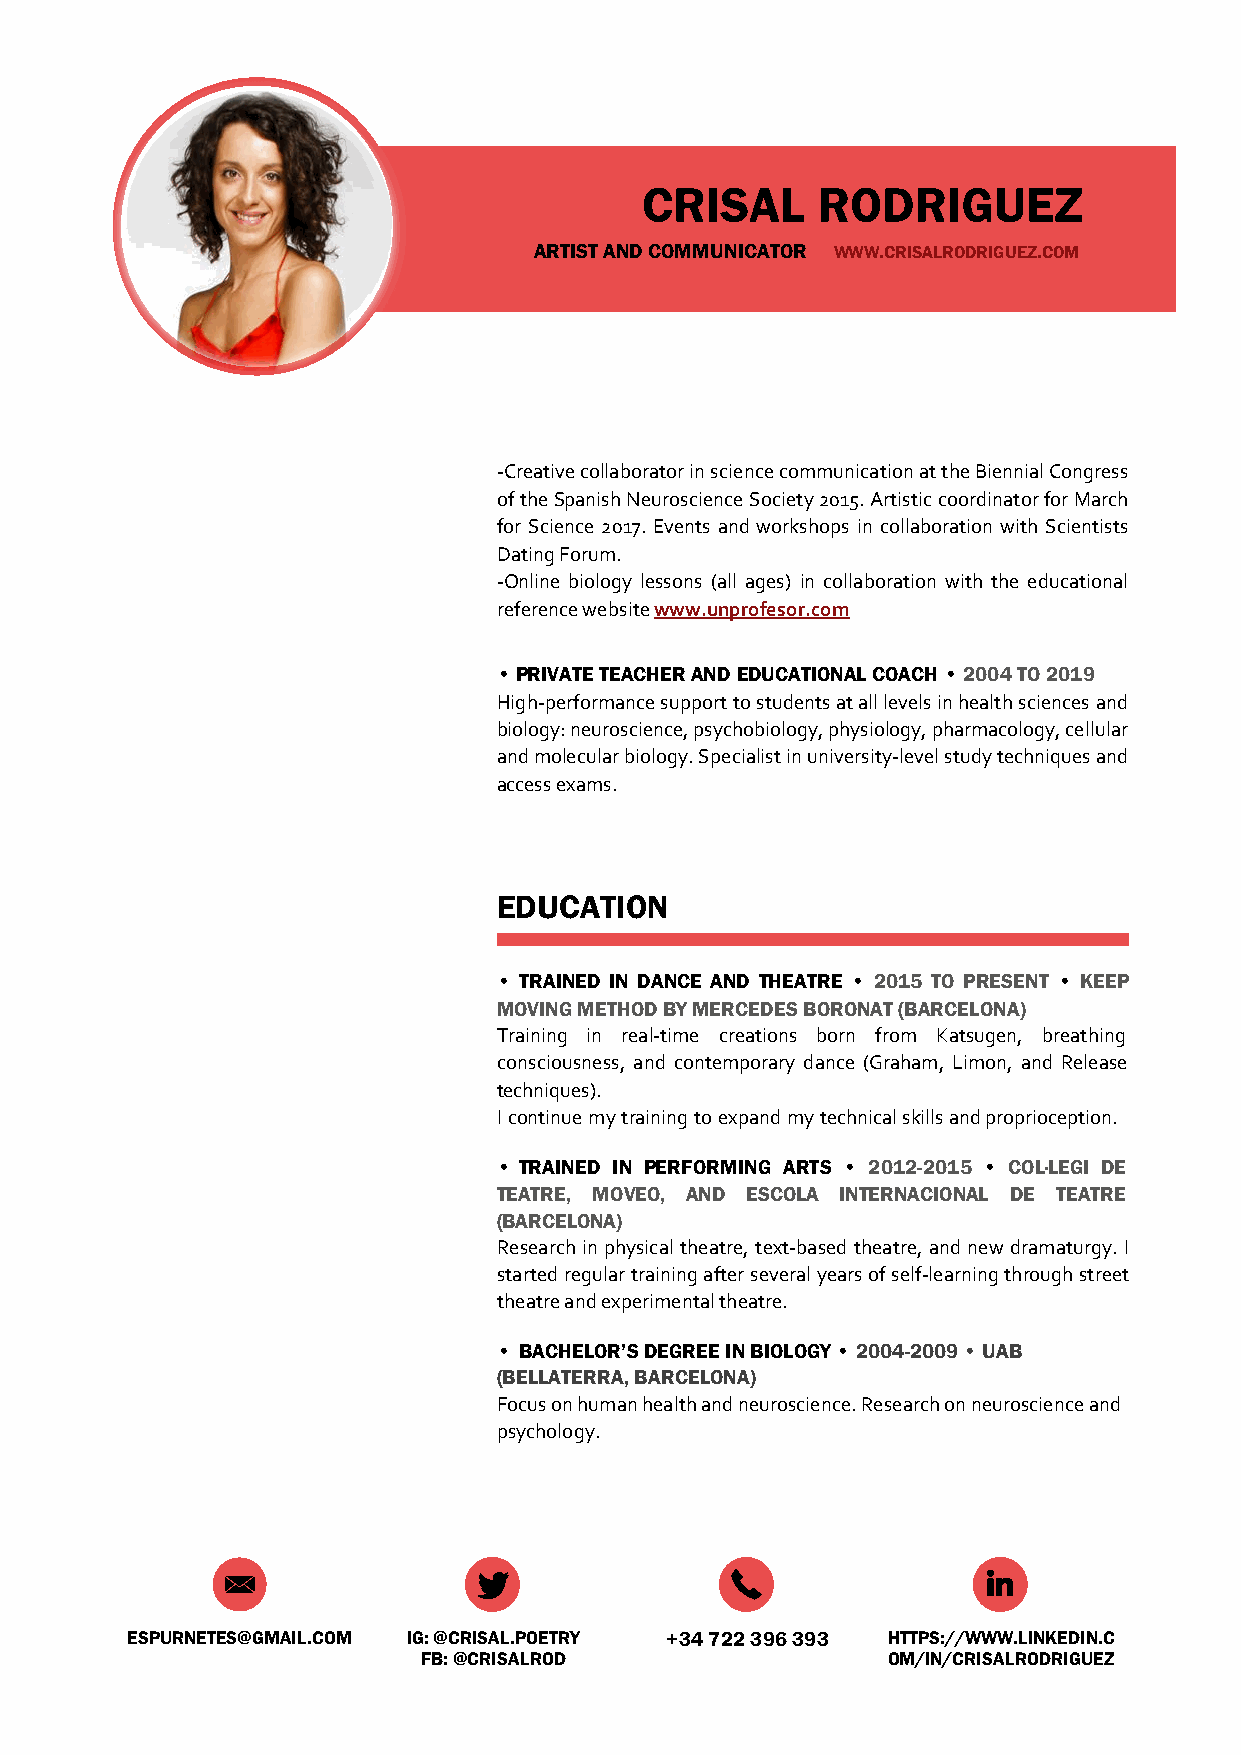
SN                            CRISAL      RODRIGUEZ
 ARTIST AND COMMUNICATOR WWW.CRISALRODRIGUEZ.COM
 -Creative collaborator in science communication at the Biennial Congress
 of the Spanish Neuroscience Society 2015. Artistic coordinator for March
 for Science 2017. Events and workshops in collaboration with Scientists
 Dating Forum.
 -Online biology lessons (all ages) in collaboration with the educational
 reference website www.unprofesor.com
 •PRIVATE TEACHER AND EDUCATIONAL COACH • 2004 TO 2019
 High-performance support to students at all levels in health sciences and
 biology: neuroscience, psychobiology, physiology, pharmacology, cellular
 and molecular biology. Specialist in university-level study techniques and
 access exams.
 EDUCATION
 • TRAINED IN DANCE AND THEATRE • 2015 TO PRESENT • KEEP
 MOVING METHOD BY MERCEDES BORONAT (BARCELONA)
 Training in real-time creations born from Katsugen, breathing
 consciousness, and contemporary dance (Graham, Limon, and Release
 techniques).
 I continue my training to expand my technical skills and proprioception.
 • TRAINED IN PERFORMING ARTS • 2012-2015 • COL·LEGI DE
 TEATRE, MOVEO, AND ESCOLA INTERNACIONAL DE TEATRE
 (BARCELONA)
 Research in physical theatre, text-based theatre, and new dramaturgy. I
 started regular training after several years of self-learning through street
 theatre and experimental theatre.
 • BACHELOR’S DEGREE IN BIOLOGY • 2004-2009 • UAB
 (BELLATERRA, BARCELONA)
 Focus on human health and neuroscience. Research on neuroscience and
 psychology.
 ESPURNETES@GMAIL.COM IG: @CRISAL.POETRY +34 722 396 393 HTTPS://WWW.LINKEDIN.C
 FB: @CRISALROD                 OM/IN/CRISALRODRIGUEZ